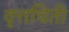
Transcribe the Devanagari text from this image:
वृत्तचिती